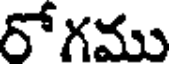
రోగము